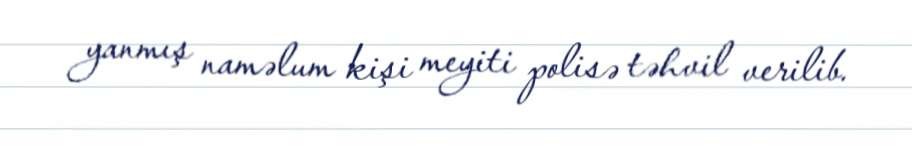
yanmış naməlum kişi meyiti polisə təhvil verilib.